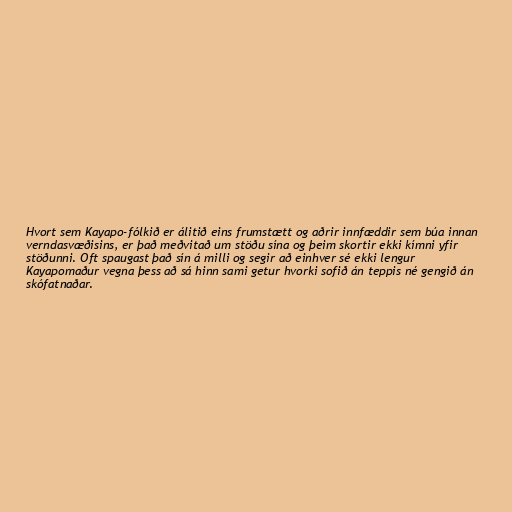
Hvort sem Kayapo-fólkið er álitið eins frumstætt og aðrir innfæddir sem búa innan
verndasvæðisins, er það meðvitað um stöðu sína og þeim skortir ekki kímni yfir
stöðunni. Oft spaugast það sín á milli og segir að einhver sé ekki lengur
Kayapomaður vegna þess að sá hinn sami getur hvorki sofið án teppis né gengið án
skófatnaðar.